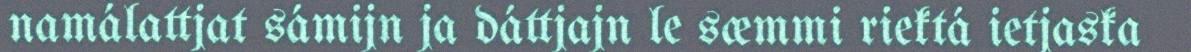
namálattjat sámijn ja dáttjajn le sæmmi riektá ietjaska